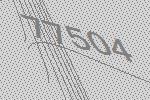
77504